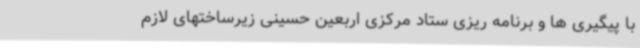
با پیگیری ها و برنامه ریزی ستاد مرکزی اربعین حسینی زیرساختهای لازم